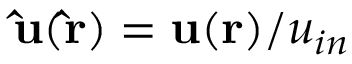
\mathbf { \hat { u } ( \hat { r } ) } = \mathbf { u ( r ) } / u _ { i n }